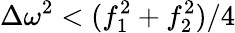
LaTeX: \Delta\omega^{2}<(f_{1}^{2}+f_{2}^{2})/4